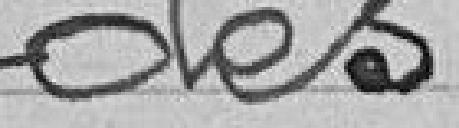
des